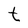
Character: t